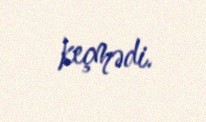
keçmədi.